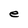
Character: e